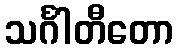
သင်္ဂါတီတော